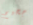
جحيم